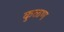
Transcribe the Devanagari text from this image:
कुळण